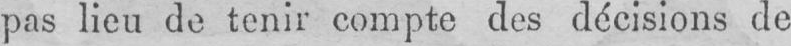
pas lieu de tenir compte des décisions de